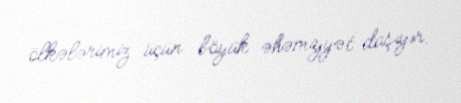
ölkələrimiz üçün böyük əhəmiyyət daşıyır.